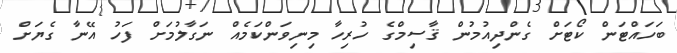
ބަހައްޓަން ކޯޓަށް ގެންދިއުމުން ޤާސިމްގެ ހުރިހާ މިނިވަންކަމެއް ނަގާލުމަށް ފަހު އޭނާ ގެޔަށް